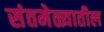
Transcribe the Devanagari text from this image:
संतमेळ्यातील